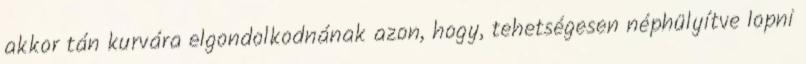
akkor tán kurvára elgondolkodnának azon, hogy, tehetségesen néphülyítve lopni